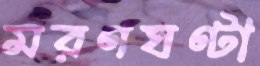
মরণঘণ্টা